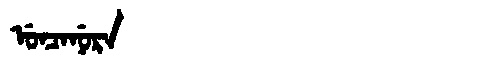
Manchu: ᡠᠨᠴᠠᠨᡠᡵᠠ
Romanization: UNCANURA